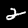
Digit: 2